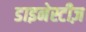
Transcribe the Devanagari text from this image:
डाइनेस्टीज़